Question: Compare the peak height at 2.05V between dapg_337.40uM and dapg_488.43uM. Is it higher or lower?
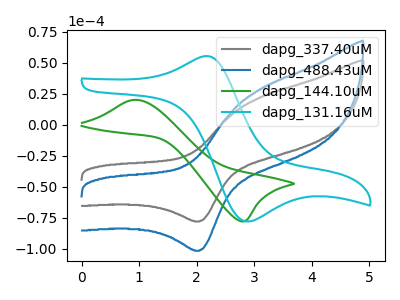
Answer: <think>The gray curve "dapg_337.40uM" has an anodic peak at (3.10V, 21.55uA) and a cathodic peak at (2.05V, -78.25uA). The blue curve "dapg_488.43uM" has an anodic peak at (3.10V, 28.05uA) and a cathodic peak at (2.05V, -101.85uA). The green curve "dapg_144.10uM" has an anodic peak at (0.95V, 19.90uA) and a cathodic peak at (2.80V, -78.10uA). The cyan curve "dapg_131.16uM" has an anodic peak at (2.10V, 55.00uA) and a cathodic peak at (2.85V, -78.15uA).</think>
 <answer>The peak at 2.05V is lower in "dapg_337.40uM" than in "dapg_488.43uM".</answer>
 <eval>lower</eval>